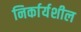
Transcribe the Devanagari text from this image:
निर्कार्यशील